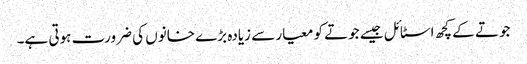
جوتے کے کچھ اسٹائل جیسے جوتے کو معیار سے زیادہ بڑے خانوں کی ضرورت ہوتی ہے۔